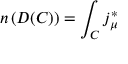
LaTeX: n \left( D ( C ) \right) = \int _ { C } j _ { \mu } ^ { * }